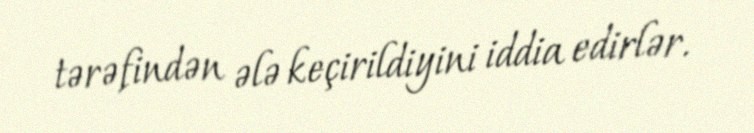
tərəfindən ələ keçirildiyini iddia edirlər.